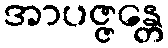
အာပဇ္ဇန္တေ